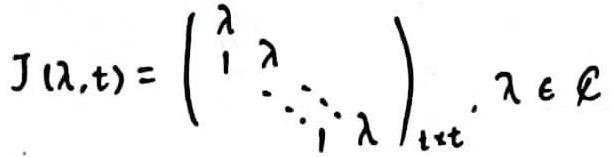
\[ J(\lambda,t) = \begin{pmatrix} \lambda & 1 & & & \\ & \lambda & 1 & & \\ & & \ddots & \ddots & \\ & & & \lambda & 1 \\ & & & & \lambda \end{pmatrix}_{t \times t}, \lambda \in \mathbb{C} \]